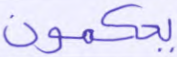
يحكمون